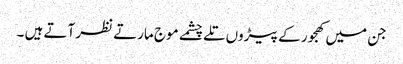
جن میں کھجور کے پیڑوں تلے چشمے موج مارتے نظر آتے ہیں ۔